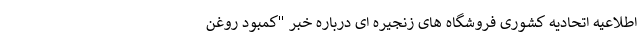
اطلاعیه اتحادیه کشوری فروشگاه های زنجیره ای درباره خبر "کمبود روغن